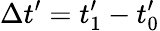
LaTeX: \Delta t^{\prime}=t_{1}^{\prime}-t_{0}^{\prime}